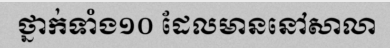
ថ្នាក់ទាំង១០ ដែលមាននៅសាលា